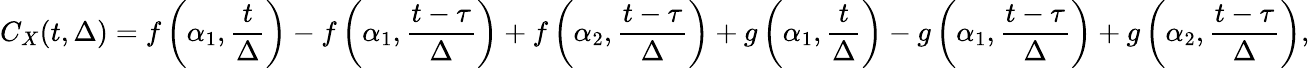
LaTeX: C_{X}(t,\Delta)=f\left(\alpha_{1},\frac{t}{\Delta}\right)-f\left(\alpha_{1},\frac{t-\tau}{\Delta}\right)+f\left(\alpha_{2},\frac{t-\tau}{\Delta}\right)+g\left(\alpha_{1},\frac{t}{\Delta}\right)-g\left(\alpha_{1},\frac{t-\tau}{\Delta}\right)+g\left(\alpha_{2},\frac{t-\tau}{\Delta}\right),